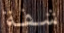
شفة